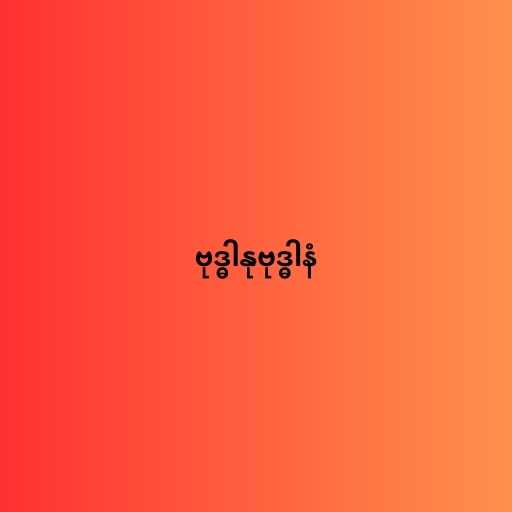
ဗုဒ္ဓါနုဗုဒ္ဓါနံ